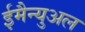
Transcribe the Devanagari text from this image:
ईमैन्युअल